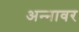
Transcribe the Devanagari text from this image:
अन्‍नावर